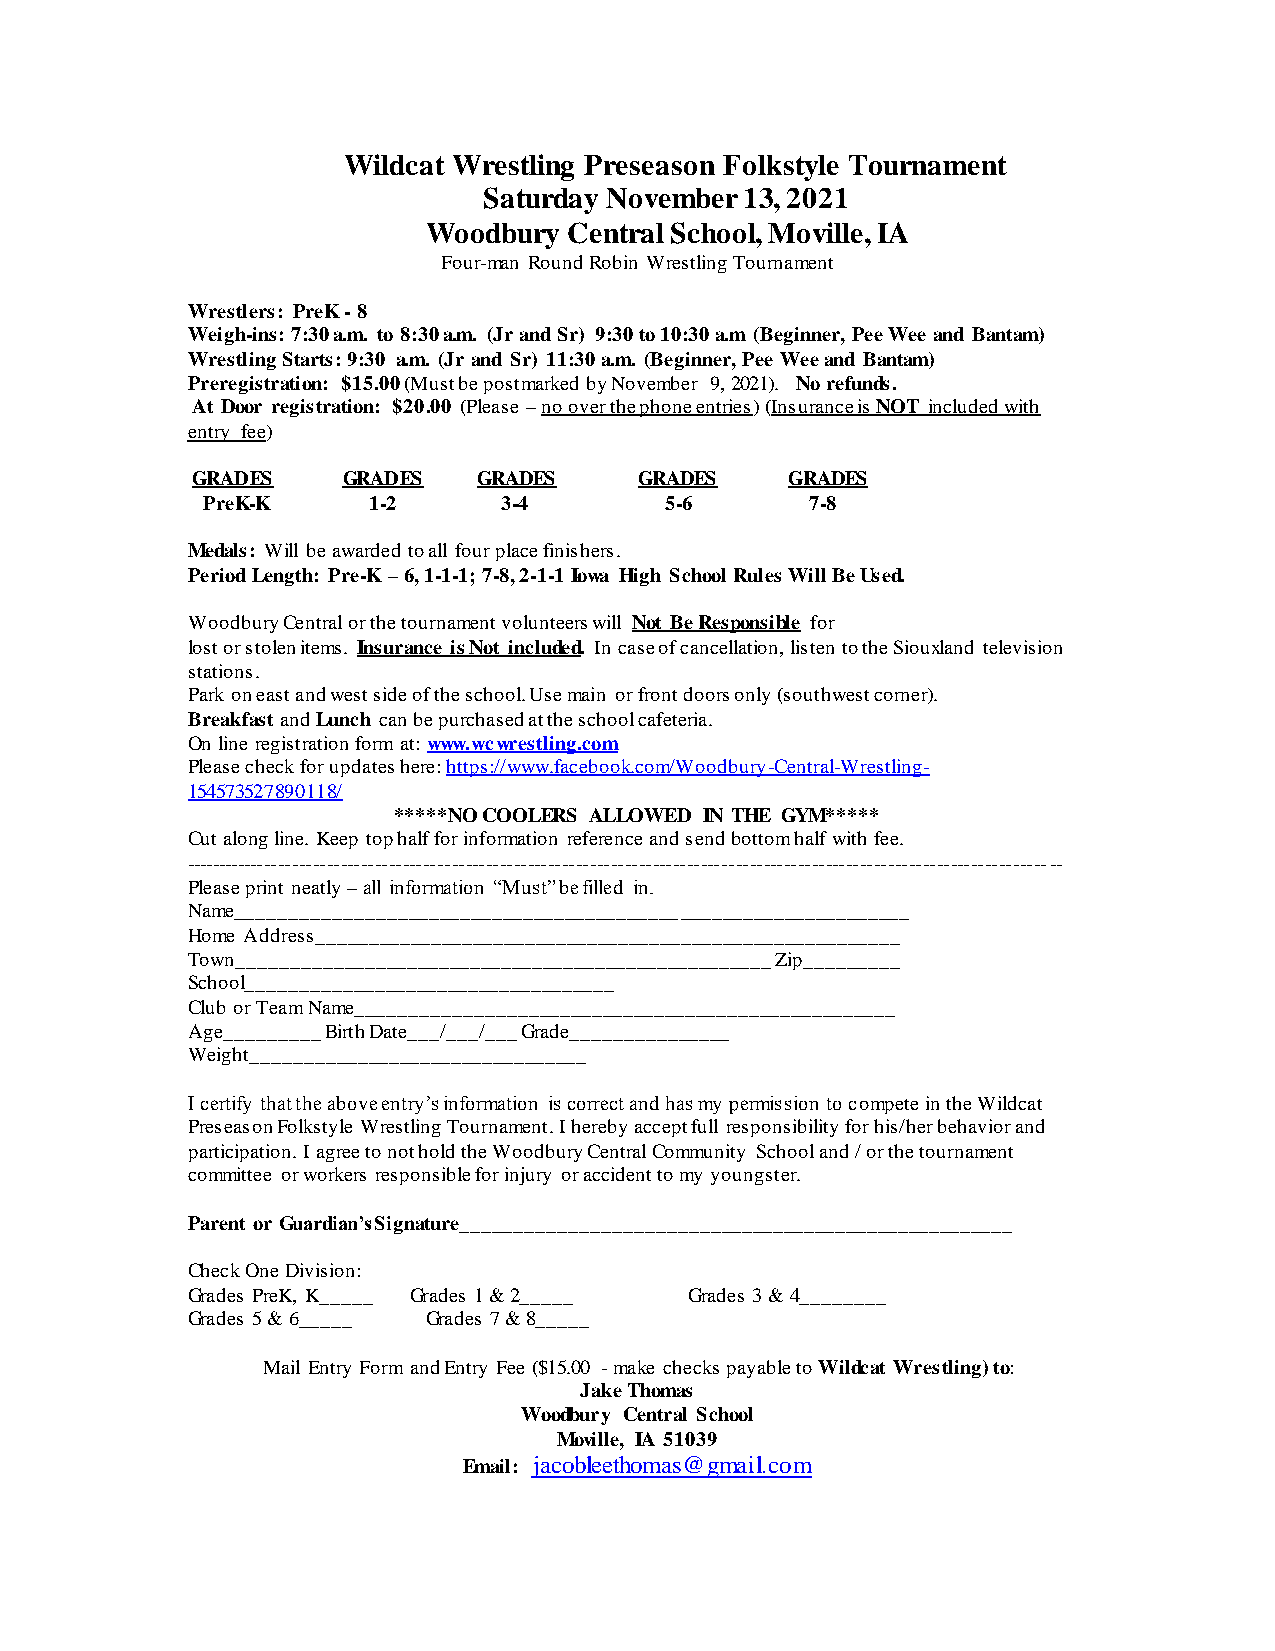
Wildcat Wrestling Preseason Folkstyle Tournament
 Saturday November 13, 2021
 Woodbury  Central School, Moville, IA
 Four-man Round Robin Wrestling Tournament
 Wrestlers: PreK - 8
 Weigh-ins: 7:30 a.m. to 8:30 a.m. (Jr and Sr) 9:30 to 10:30 a.m (Beginner, Pee Wee and Bantam)
 Wrestling Starts: 9:30 a.m. (Jr and Sr) 11:30 a.m. (Beginner, Pee Wee and Bantam)
 Preregistration: $15.00 (Must be postmarked by November 9, 2021). No refunds.
 At Door registration: $20.00 (Please – no over the phone entries) (Insurance is NOT included with
 entry fee)
 GRADES    GRADES   GRADES    GRADES    GRADES
 PreK-K     1-2      3-4        5-6       7-8
 Medals: Will be awarded to all four place finishers.
 Period Length: Pre-K – 6, 1-1-1; 7-8, 2-1-1 Iowa High School Rules Will Be Used.
 Woodbury Central or the tournament volunteers will Not Be Responsible for
 lost or stolen items. Insurance is Not included. In case of cancellation, listen to the Siouxland television
 stations.
 Park on east and west side of the school. Use main or front doors only (southwest corner).
 Breakfast and Lunch can be purchased at the school cafeteria.
 On line registration form at: www.wcwrestling.com
 Please check for updates here: https://www.facebook.com/Woodbury-Central-Wrestling-
 154573527890118/
 *****NO COOLERS ALLOWED IN THE GYM*****
 Cut along line. Keep top half for information reference and send bottom half with fee.
 -------------------------------------------------------------------------------------------------------------------------------
 Please print neatly – all information “Must” be filled in.
 Name________________________________________________________________
 Home Address________________________________________________________
 Town___________________________________________________ Zip_________
 School___________________________________
 Club or Team Name___________________________________________________
 Age_________ Birth Date___/___/___ Grade_______________
 Weight________________________________
 I certify that the above entry’s information is correct and has my permission to compete in the Wildcat
 Preseason Folkstyle Wrestling Tournament. I hereby accept full responsibility for his/her behavior and
 participation. I agree to not hold the Woodbury Central Community School and / or the tournament
 committee or workers responsible for injury or accident to my youngster.
 Parent or Guardian’sSignature____________________________________________________
 Check One Division:
 Grades PreK, K_____ Grades 1 & 2_____ Grades 3 & 4________
 Grades 5 & 6_____ Grades 7 & 8_____
 Mail Entry Form and Entry Fee ($15.00 - make checks payable to Wildcat Wrestling) to:
 Jake Thomas
 Woodbury Central School
 Moville, IA 51039
 Email: jacobleethomas@gmail.com